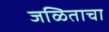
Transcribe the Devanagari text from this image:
जळिताचा